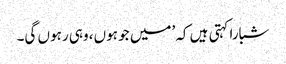
شبارا کہتی ہیں کہ ’میں جو ہوں، وہی رہوں گی۔